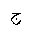
Letter: _gim